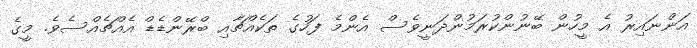
އަންނައިރު އެ މީހުން ބޭނުންކުރަމުންދަނީވެސް އެންމެ ފަހުގެ ތަކެއްޗާއި ބްރޭންޑެޑް އެއްޗެއްސެވެ. މީގެ